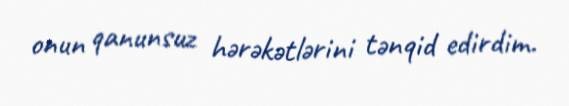
onun qanunsuz hərəkətlərini tənqid edirdim.